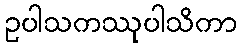
ဥပါသကဿုပါသိကာ